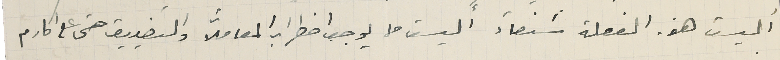
أليست هذه الفعلة شنعآء أليست مما يوجب اضطراب المعاملات والتضييق حتى على اكارم